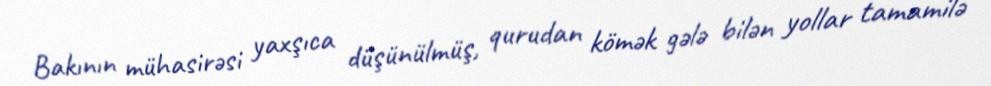
Bakının mühasirəsi yaxşıca düşünülmüş, qurudan kömək gələ bilən yollar tamamilə